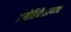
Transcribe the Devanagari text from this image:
अमेरिकेतल्याच